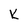
Character: k